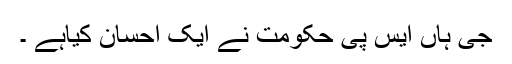
جی ہاں ایس پی حکومت نے ایک احسان کیاہے ۔